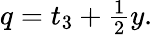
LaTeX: \begin{array}{r}{q=t_{3}+\frac{1}{2}y.}\end{array}